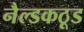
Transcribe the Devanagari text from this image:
नैल्डकठूड